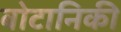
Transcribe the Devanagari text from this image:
बोटानिकी